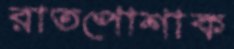
রাতপোশাক